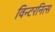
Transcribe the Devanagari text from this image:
विन्टरनित्स